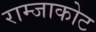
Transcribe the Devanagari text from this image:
राम्जाकोट